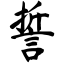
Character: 誓